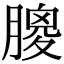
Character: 𦟣